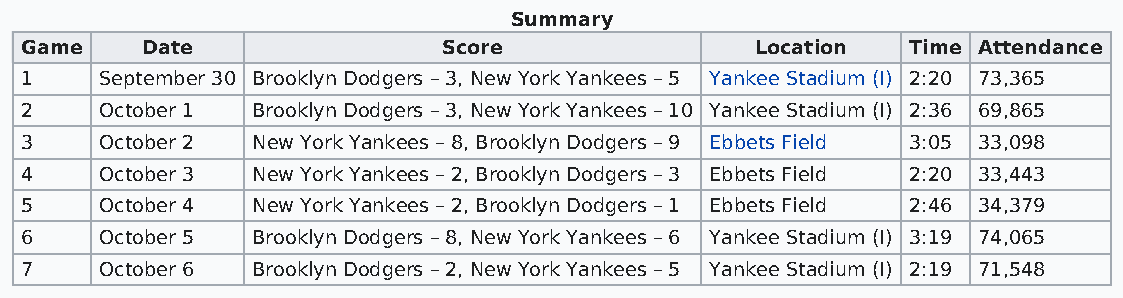
Summary
 Game    Date                Score                Location  Time Attendance
 1     September 30 Brooklyn Dodgers – 3, New York Yankees – 5 Yankee Stadium (I) 2:20 73,365
 2     October 1 Brooklyn Dodgers – 3, New York Yankees – 10 Yankee Stadium (I) 2:36 69,865
 3     October 2 New York Yankees – 8, Brooklyn Dodgers – 9 Ebbets Field 3:05 33,098
 4     October 3 New York Yankees – 2, Brooklyn Dodgers – 3 Ebbets Field 2:20 33,443
 5     October 4 New York Yankees – 2, Brooklyn Dodgers – 1 Ebbets Field 2:46 34,379
 6     October 5 Brooklyn Dodgers – 8, New York Yankees – 6 Yankee Stadium (I) 3:19 74,065
 7     October 6 Brooklyn Dodgers – 2, New York Yankees – 5 Yankee Stadium (I) 2:19 71,548